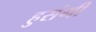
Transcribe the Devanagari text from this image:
हुसंगी